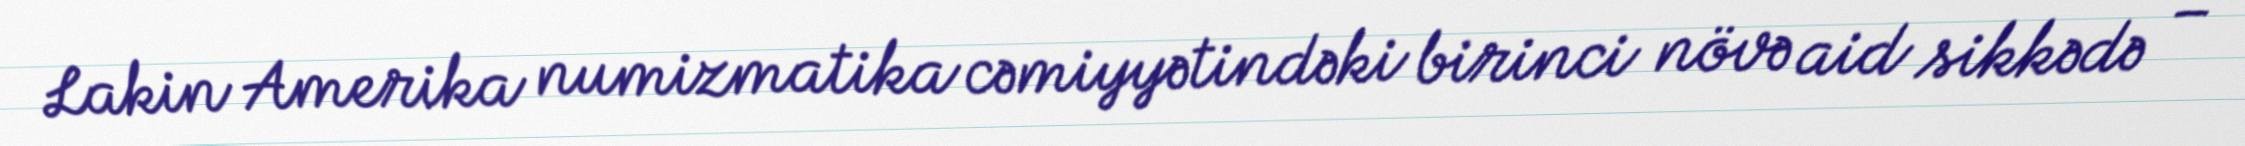
Lakin Amerika numizmatika cəmiyyətindəki birinci növə aid sikkədə –